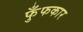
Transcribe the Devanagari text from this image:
फुँफकार